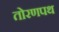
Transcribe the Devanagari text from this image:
तोरणपथ